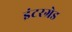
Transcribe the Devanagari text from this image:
इंटरग्रेड